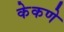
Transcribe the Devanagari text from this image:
केकणे